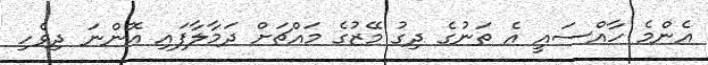
އެންމެ ހާއްސައީ އެ ތަނުގެ ދިގު މޭޒުގެ މައްޗަށް ދަމާލާފައި އޮންނަ ދިވެހި